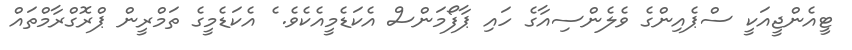
ޓީއެންޖީއަކީ ސްޕެއިންގެ ވެލެންސިއާގެ ހައި ޕާފޯމަންސް އެކަޑެމީއެކެވެ. ެ އެކަޑެމީގެ ތަމްރީން ޕްރޮގްރާމްތައް